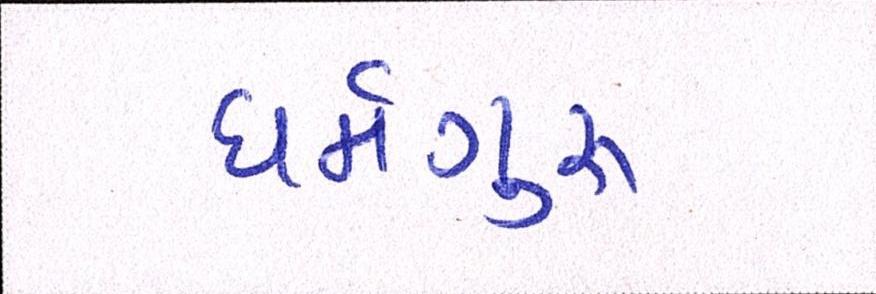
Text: ધર્મગુરૂ